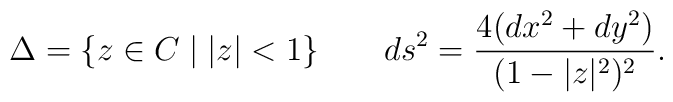
\Delta=\{z \in C \mid |z|<1 \} \qquad ds^2=\frac{4(dx^2+dy^2)}{(1-|z|^2)^2}.